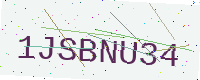
Text: 1JSBNU34